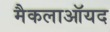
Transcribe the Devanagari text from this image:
मैकलाऑयद